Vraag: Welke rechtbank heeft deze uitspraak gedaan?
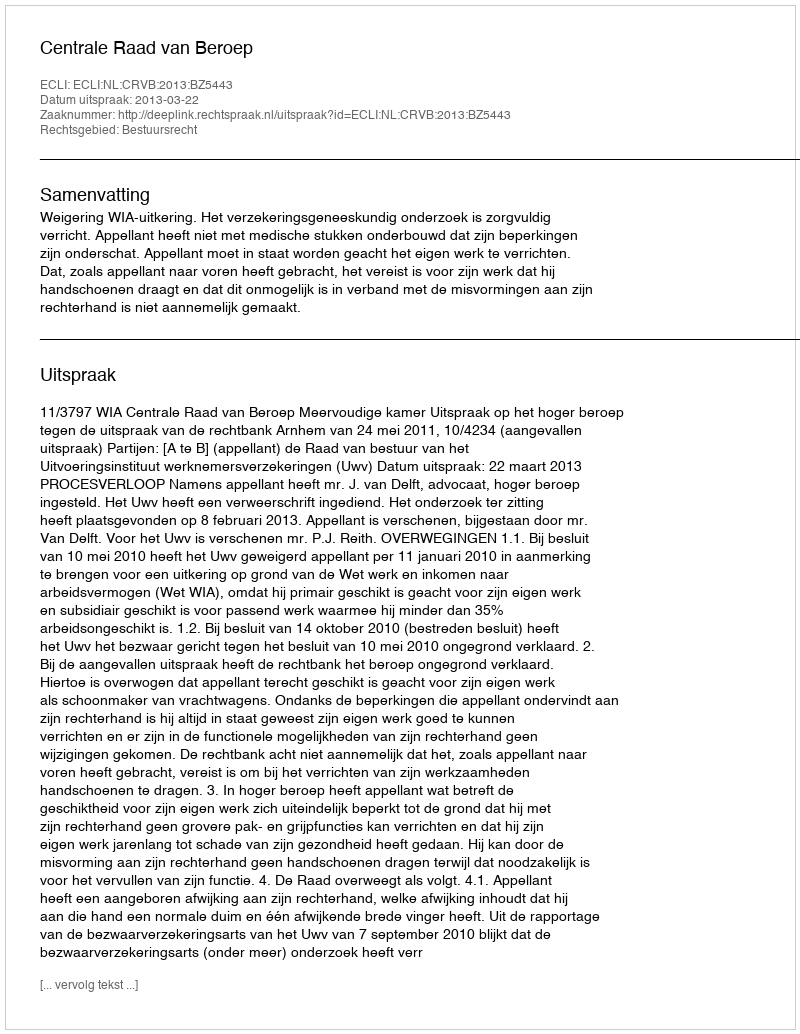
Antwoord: Centrale Raad van Beroep